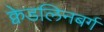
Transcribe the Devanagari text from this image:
क्वेडलिनबर्ग